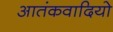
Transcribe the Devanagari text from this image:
आतंकवादियो